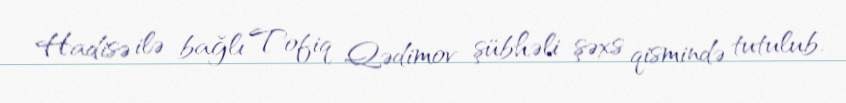
Hadisə ilə bağlı Tofiq Qədimov şübhəli şəxs qismində tutulub.